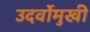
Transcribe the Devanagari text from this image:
उदर्वोमुखी